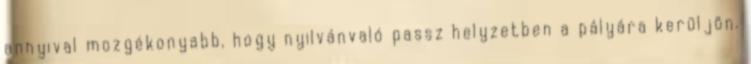
annyival mozgékonyabb, hogy nyilvánvaló passz helyzetben a pályára kerüljön.